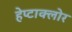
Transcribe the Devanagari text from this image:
हेप्‍टाक्‍लोर